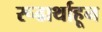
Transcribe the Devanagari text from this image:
रूढार्थाहून